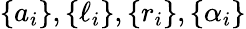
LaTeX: \{ a_{i}\} ,\{ \ell_{i}\} ,\{ r_{i}\} ,\{ \alpha_{i}\}